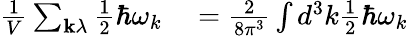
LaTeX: \begin{array}{rl}{{\frac{1}{V}}\sum_{\mathbf{k}\lambda}{\frac{1}{2}}\hbar\omega_{k}}&{{}={\frac{2}{8\pi^{3}}}\int d^{3}k{\frac{1}{2}}\hbar\omega_{k}}\end{array}